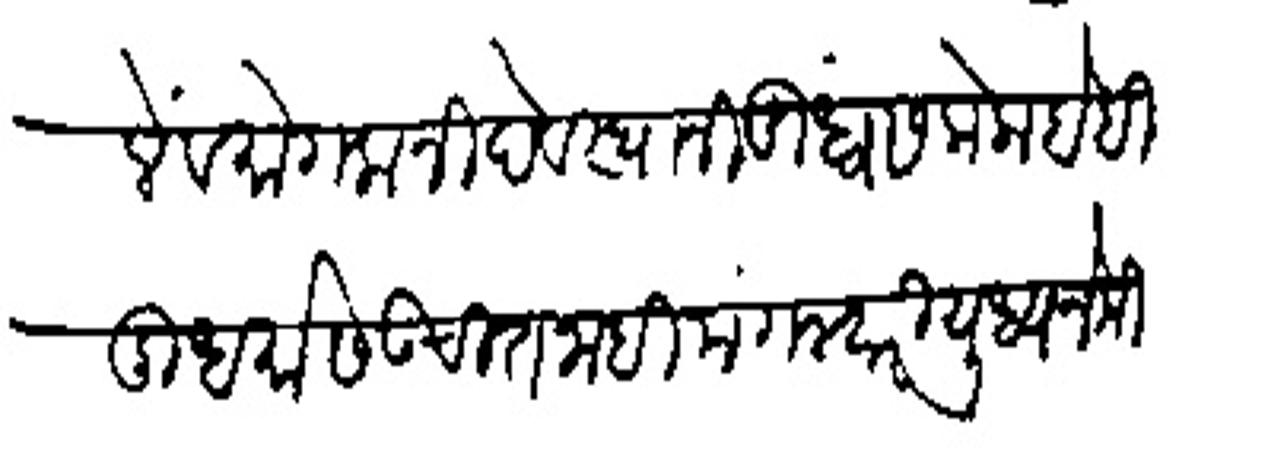
Transliteration (Devanagari): लिहिलें व मोगलानी वेवस्थानी उप्वंस केला है हिंदु धर्मास उचित नाही मंगलवारी युध्य नेमिले